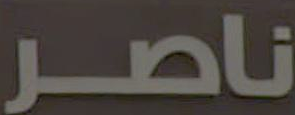
ناصر